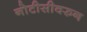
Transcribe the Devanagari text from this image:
नोटीसीवरुन